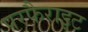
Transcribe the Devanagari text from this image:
परफैराइट